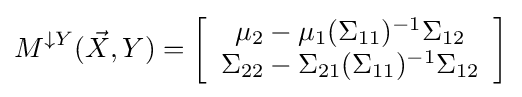
M^{\downarrow Y}({\vec {X}},Y)=\left[{\begin{array}{*{20}c}\mu _{2}-\mu _{1}(\Sigma _{11})^{-1}\Sigma _{12}\\\Sigma _{22}-\Sigma _{21}(\Sigma _{11})^{-1}\Sigma _{12}\end{array}}\right]